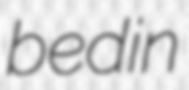
bedin